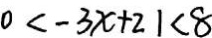
0 < - 3 x + 2 1 < 8